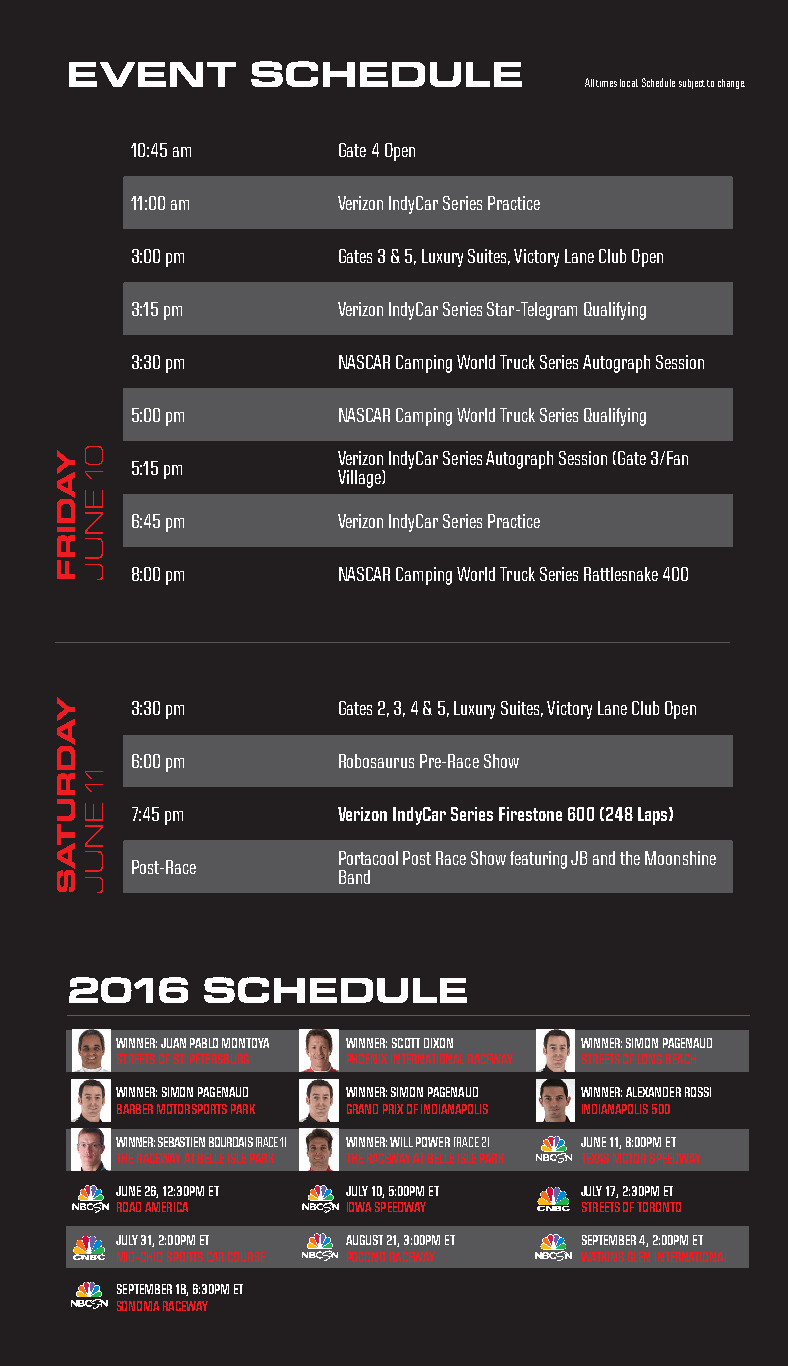
5
 EVENT       SCHEDULE
 All times local. Schedule subject to change.
 10:45 am     Gate 4 Open
 11:00 am     Verizon IndyCar Series Practice
 3:00 pm      Gates 3 & 5, Luxury Suites, Victory Lane Club Open
 3:15 pm      Verizon IndyCar Series Star-Telegram Qualifying
 3:30 pm      NASCAR Camping World Truck Series Autograph Session
 5:00 pm      NASCAR Camping World Truck Series Qualifying
 Verizon IndyCar Series Autograph Session (Gate 3/Fan
 5:15 pm
 Village)
 6:45 pm      Verizon IndyCar Series Practice
 8:00 pm      NASCAR Camping World Truck Series Rattlesnake 400
 3:30 pm      Gates 2, 3, 4 & 5, Luxury Suites, Victory Lane Club Open
 6:00 pm      Robosaurus Pre-Race Show
 7:45 pm      Verizon IndyCar Series Firestone 600 (248 Laps)
 Portacool Post Race Show featuring JB and the Moonshine
 Post-Race
 Band
 2016     SCHEDULE
 WINNER: JUAN PABLO MONTOYA WINNER: SCOTT DIXON WINNER: SIMON PAGENAUD
 STREETS OF ST. PETERSBURG PHOENIX INTERNATIONAL RACEWAY STREETS OF LONG BEACH
 WINNER: SIMON PAGENAUD WINNER: SIMON PAGENAUD WINNER: ALEXANDER ROSSI
 BARBER MOTORSPORTS PARK GRAND PRIX OF INDIANAPOLIS INDIANAPOLIS 500
 WINNER: SEBASTIEN BOURDAIS (RACE 1) WINNER: WILL POWER (RACE 2) JUNE 11, 8:00PM ET
 THE RACEWAY AT BELLE ISLE PARK THE RACEWAY AT BELLE ISLE PARK TEXAS MOTOR SPEEDWAY
 JUNE 26, 12:30PM ET JULY 10, 5:00PM ET JULY 17, 2:30PM ET
 ROAD AMERICA   IOWA SPEEDWAY  STREETS OF TORONTO
 JULY 31, 2:00PM ET AUGUST 21, 3:00PM ET SEPTEMBER 4, 2:00PM ET
 MID-OHIO SPORTS CAR COURSE POCONO RACEWAY WATKINS GLEN INTERNATIONAL
 SEPTEMBER 18, 6:30PM ET
 SONOMA RACEWAY
 YADIRF
 YADRUTAS
 01
 ENUJ
 11
 ENUJ